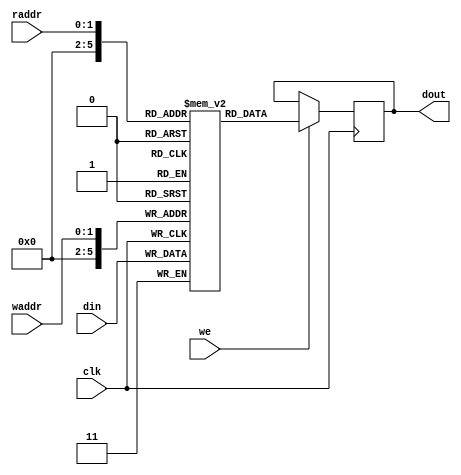
module mem_offset
   (
    input 		                  clk,
    input [2-1:0]      raddr,
    input [2-1:0]      waddr,
    input 		                  we,
    input      [2-1:0] din,
    output reg [2-1:0] dout
    );

   reg [2-1:0] mem [5:50];

  always @(posedge clk) begin
    mem[waddr] <= din;
    if (we)
      dout <= mem[raddr];
  end

endmodule